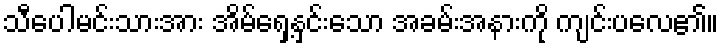
သီပေါမင်းသားအား အိမ်ရှေ့နှင်းသော အခမ်းအနားကို ကျင်းပလေ၏။